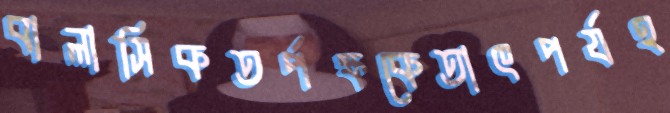
বালাসিকতর্পক্ষকেতাৎপর্যহ